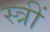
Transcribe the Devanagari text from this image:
स्त्रीं